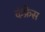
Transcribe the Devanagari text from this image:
कंफ्रेस